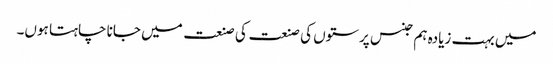
میں بہت زیادہ ہم جنس پرستوں کی صنعت کی صنعت میں جانا چاہتا ہوں۔